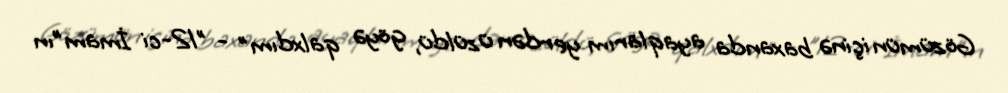
Gözümün içinə baxanda ayaqlarım yerdən üzüldü, göyə qalxdım" - "12-ci İmam"ın